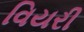
વિયરી